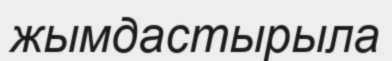
жымдастырыла